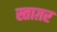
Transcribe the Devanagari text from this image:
स्ताग़र